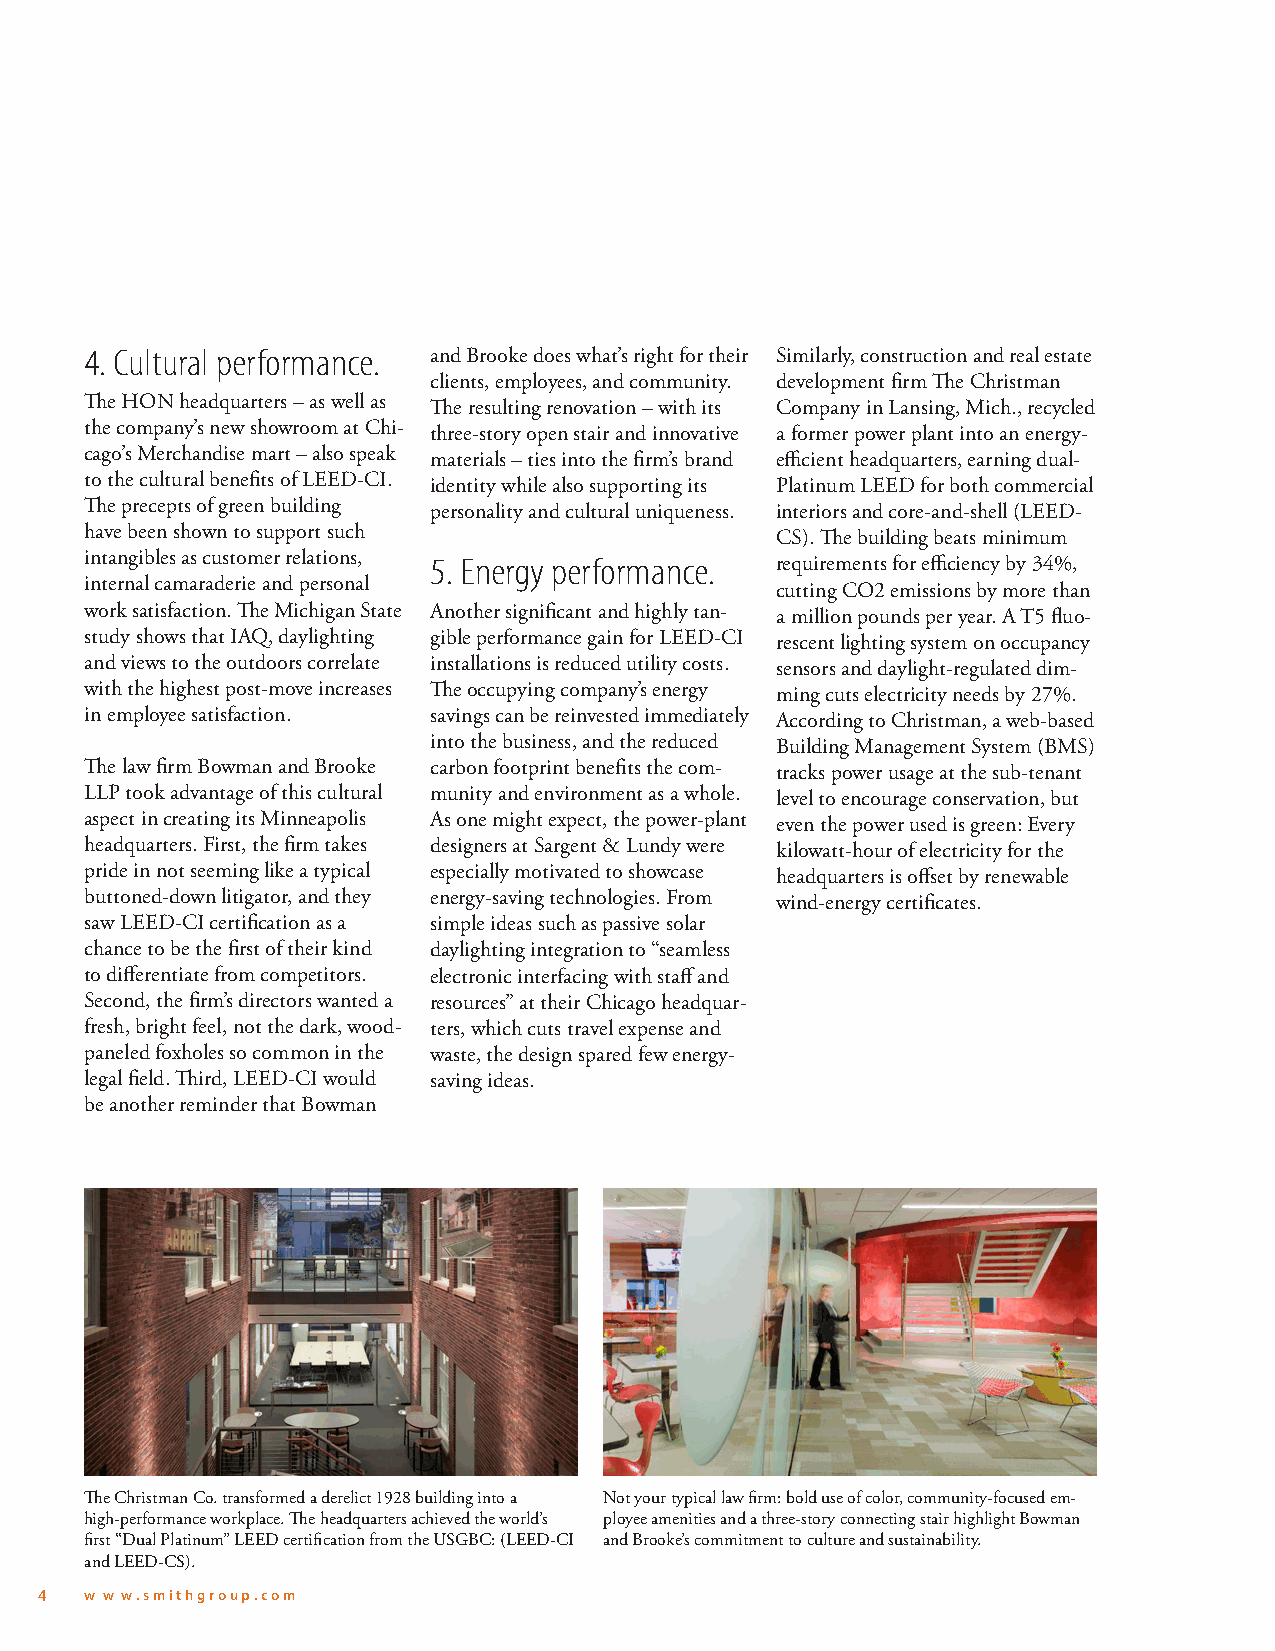
4. Cultural performance. and Brooke does what’s right for their Similarly, construction and real estate
 clients, employees, and community. development firm The Christman
 The HON headquarters – as well as The resulting renovation – with its Company in Lansing, Mich., recycled
 the company’s new showroom at Chi- three-story open stair and innovative a former power plant into an energy-
 cago’s Merchandise mart – also speak materials – ties into the firm’s brand efficient headquarters, earning dual-
 to the cultural benefits of LEED-CI. identity while also supporting its Platinum LEED for both commercial
 The precepts of green building personality and cultural uniqueness. interiors and core-and-shell (LEED-
 have been shown to support such              CS). The building beats minimum
 intangibles as customer relations, 5. Energy performance. requirements for efficiency by 34%,
 internal camaraderie and personal            cutting CO2 emissions by more than
 work satisfaction. The Michigan State Another significant and highly tan- a million pounds per year. A T5 fluo-
 study shows that IAQ, daylighting gible performance gain for LEED-CI rescent lighting system on occupancy
 and views to the outdoors correlate installations is reduced utility costs. sensors and daylight-regulated dim-
 with the highest post-move increases The occupying company’s energy ming cuts electricity needs by 27%.
 in employee satisfaction. savings can be reinvested immediately According to Christman, a web-based
 into the business, and the reduced Building Management System (BMS)
 The law firm Bowman and Brooke carbon footprint benefits the com- tracks power usage at the sub-tenant
 LLP took advantage of this cultural munity and environment as a whole. level to encourage conservation, but
 aspect in creating its Minneapolis As one might expect, the power-plant even the power used is green: Every
 headquarters. First, the firm takes designers at Sargent & Lundy were kilowatt-hour of electricity for the
 pride in not seeming like a typical especially motivated to showcase headquarters is offset by renewable
 buttoned-down litigator, and they energy-saving technologies. From wind-energy certificates.
 saw LEED-CI certification as a simple ideas such as passive solar
 chance to be the first of their kind daylighting integration to “seamless
 to differentiate from competitors. electronic interfacing with staff and
 Second, the firm’s directors wanted a resources” at their Chicago headquar-
 fresh, bright feel, not the dark, wood- ters, which cuts travel expense and
 paneled foxholes so common in the waste, the design spared few energy-
 legal field. Third, LEED-CI would saving ideas.
 be another reminder that Bowman
 The Christman Co. transformed a derelict 1928 building into a Not your typical law firm: bold use of color, community-focused em-
 high-performance workplace. The headquarters achieved the world’s ployee amenities and a three-story connecting stair highlight Bowman
 first “Dual Platinum” LEED certification from the USGBC: (LEED-CI and Brooke’s commitment to culture and sustainability.
 and LEED-CS).
 4   w w w.smithgroup.com